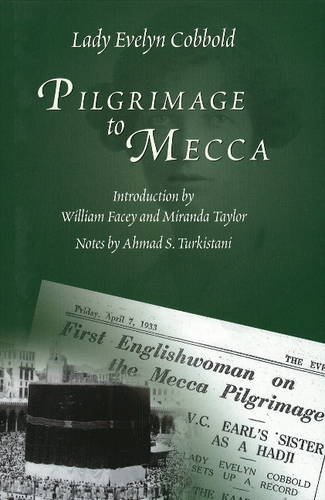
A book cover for Pilgrimage to Mecca; Lady Evelyn Cobbold; Religion & Spirituality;